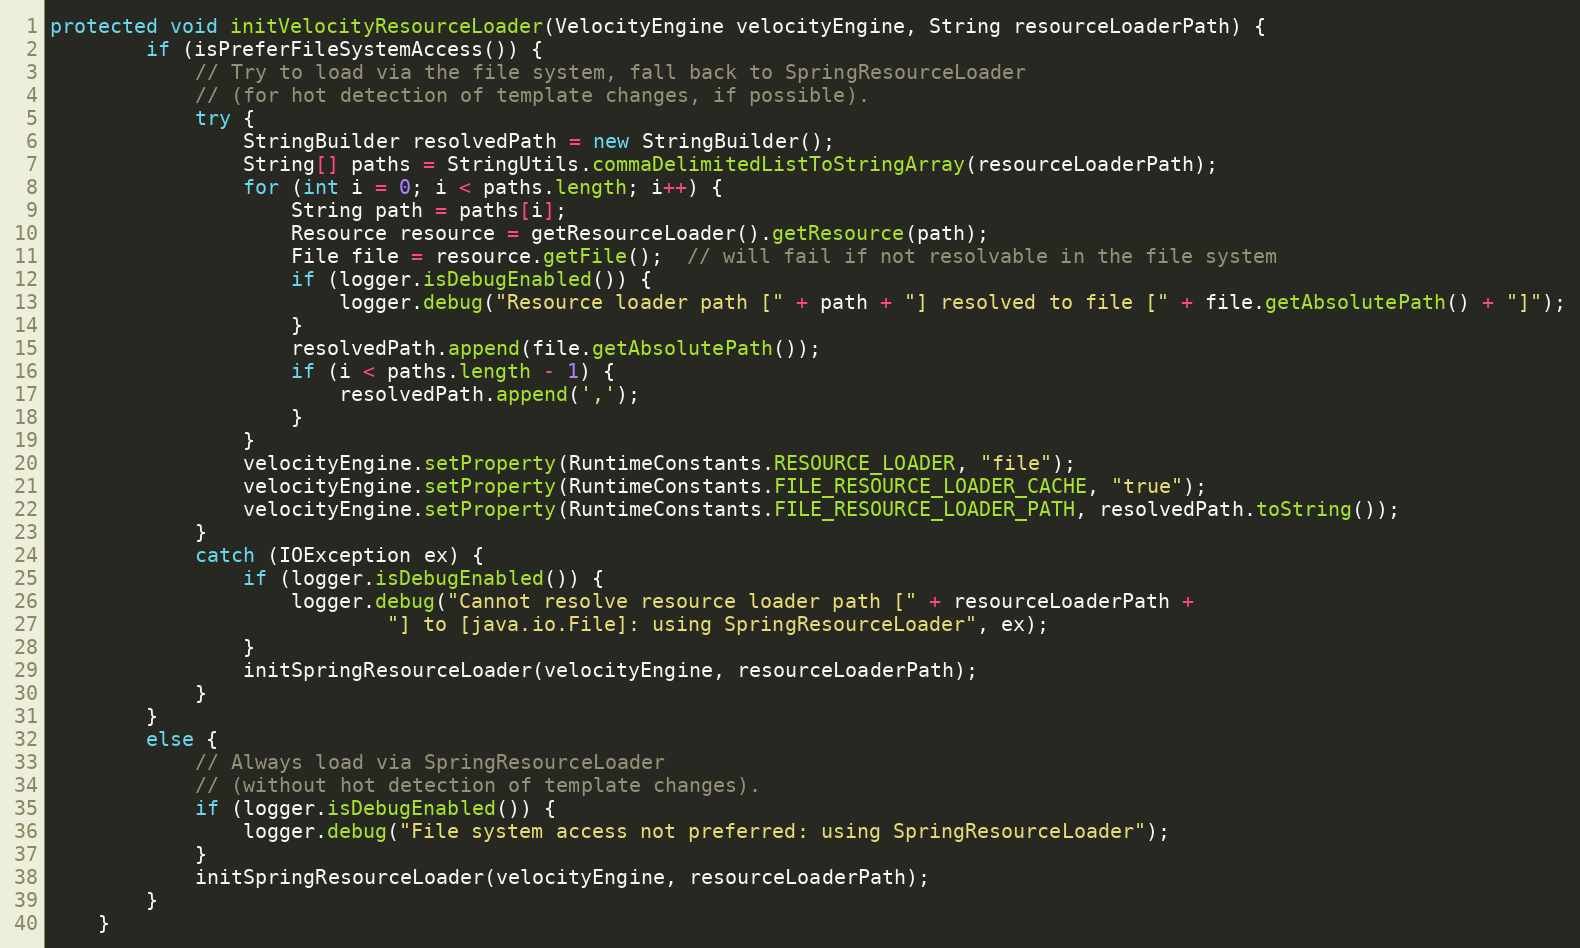
Language: Java
protected void initVelocityResourceLoader(VelocityEngine velocityEngine, String resourceLoaderPath) {
		if (isPreferFileSystemAccess()) {
			// Try to load via the file system, fall back to SpringResourceLoader
			// (for hot detection of template changes, if possible).
			try {
				StringBuilder resolvedPath = new StringBuilder();
				String[] paths = StringUtils.commaDelimitedListToStringArray(resourceLoaderPath);
				for (int i = 0; i < paths.length; i++) {
					String path = paths[i];
					Resource resource = getResourceLoader().getResource(path);
					File file = resource.getFile();  // will fail if not resolvable in the file system
					if (logger.isDebugEnabled()) {
						logger.debug("Resource loader path [" + path + "] resolved to file [" + file.getAbsolutePath() + "]");
					}
					resolvedPath.append(file.getAbsolutePath());
					if (i < paths.length - 1) {
						resolvedPath.append(',');
					}
				}
				velocityEngine.setProperty(RuntimeConstants.RESOURCE_LOADER, "file");
				velocityEngine.setProperty(RuntimeConstants.FILE_RESOURCE_LOADER_CACHE, "true");
				velocityEngine.setProperty(RuntimeConstants.FILE_RESOURCE_LOADER_PATH, resolvedPath.toString());
			}
			catch (IOException ex) {
				if (logger.isDebugEnabled()) {
					logger.debug("Cannot resolve resource loader path [" + resourceLoaderPath +
							"] to [java.io.File]: using SpringResourceLoader", ex);
				}
				initSpringResourceLoader(velocityEngine, resourceLoaderPath);
			}
		}
		else {
			// Always load via SpringResourceLoader
			// (without hot detection of template changes).
			if (logger.isDebugEnabled()) {
				logger.debug("File system access not preferred: using SpringResourceLoader");
			}
			initSpringResourceLoader(velocityEngine, resourceLoaderPath);
		}
	}